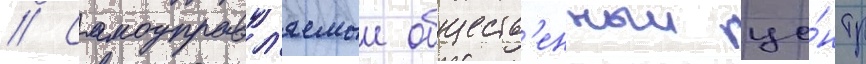
// Самоуправл'яемыи обществ'енныи це́нтр